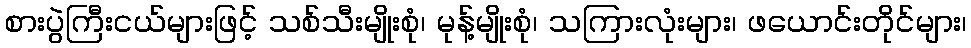
စားပွဲကြီးငယ်များဖြင့် သစ်သီးမျိုးစုံ၊ မုန့်မျိုးစုံ၊ သကြားလုံးများ၊ ဖယောင်းတိုင်များ၊